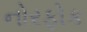
નોરફોક